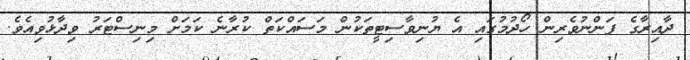
ދާއިރާގެ ފަންނުވެރިން ހޯދުމުގައި އެ ޔުނިވާސިޓީތަކުން މަސައްކަތް ކުރާނެ ކަމަށް މިނިސްޓަރު ވިދާޅުވިއެވެ.